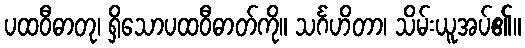
ပထဝီဓာတု၊ ရှိသောပထဝီဓာတ်ကို။ သင်္ဂဟိတာ၊ သိမ်းယူအပ်၏။